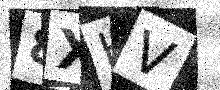
Text: 8XHV